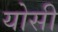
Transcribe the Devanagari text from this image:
योसी